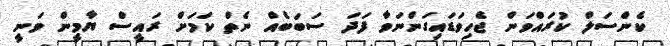
ކެންސަލް ކުރައްވަން ޖެހިވަޑައިގަންނަވާ ފަދަ ސަބަބެއް ނެތް ކަމަށް ރައީސް ޔާމީން ވަނީ